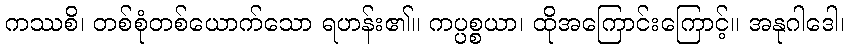
ကဿစိ၊ တစ်စုံတစ်ယောက်သော ရဟန်း၏။ ကပ္ပစ္စယာ၊ ထိုအကြောင်းကြောင့်။ အနုဂါဒေါ၊